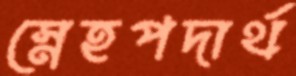
স্নেহপদার্থ